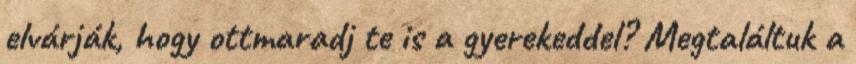
elvárják, hogy ottmaradj te is a gyerekeddel? Megtaláltuk a